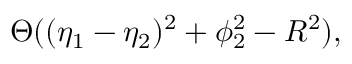
\Theta ( ( \eta _ { 1 } - \eta _ { 2 } ) ^ { 2 } + \phi _ { 2 } ^ { 2 } - R ^ { 2 } ) ,